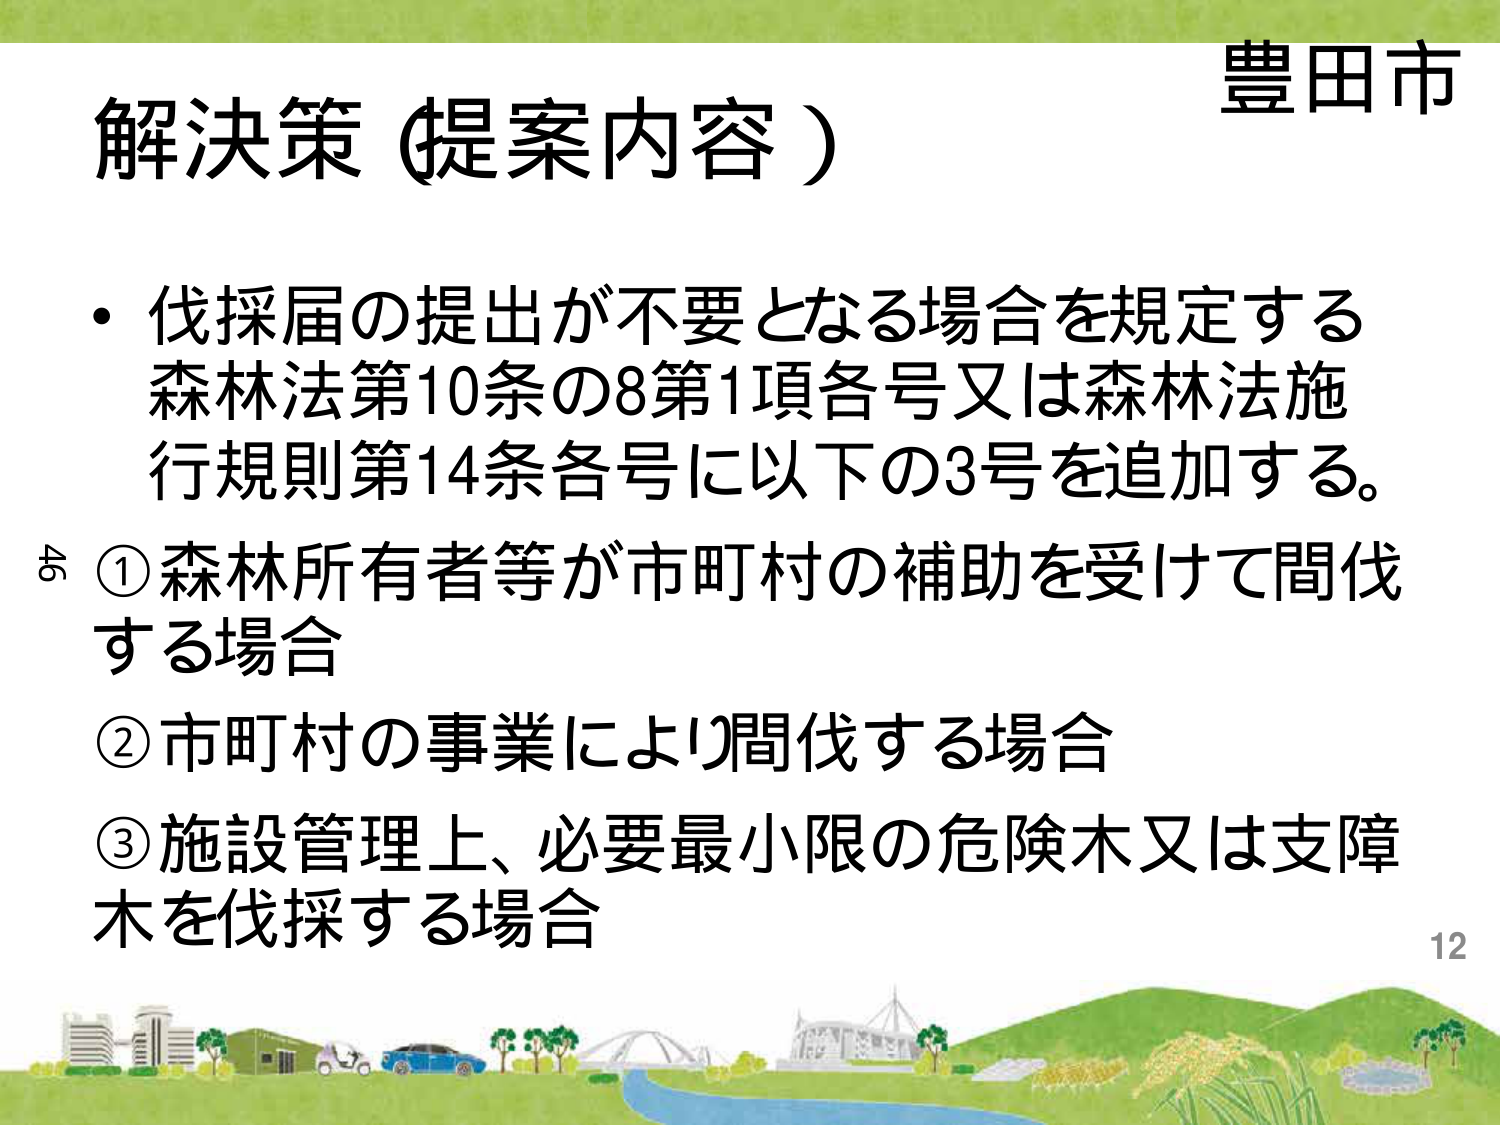
豊田市
解決策（提案内容）
・伐採届の提出が不要となる場合を規定する
森林法第10条の8第1項各号又は森林法施行規則第14条各号に以下の3号を追加する。
① 森林所有者等が市町村の補助を受けて間伐する場合
② 市町村の事業により間伐する場合
③ 施設管理上、必要最小限の危険木又は支障木を伐採する場合
12
46